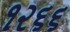
૧૨૬૬